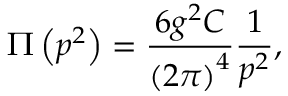
\Pi \left( p ^ { 2 } \right) = \frac { 6 g ^ { 2 } C } { \left( 2 \pi \right) ^ { 4 } } \frac 1 { p ^ { 2 } } ,